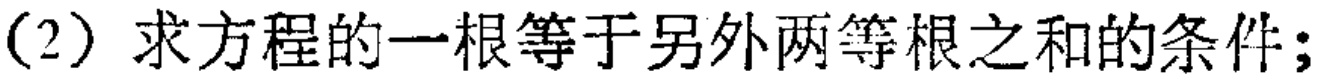
(2) 求方程的一根等于另外两等根之和的条件;